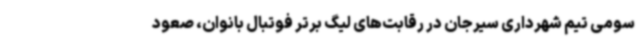
سومی تیم شهرداری سیرجان در رقابت‌های لیگ برتر فوتبال بانوان، صعود